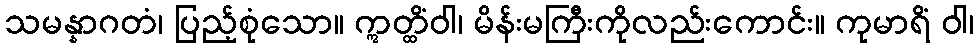
သမန္နာဂတံ၊ ပြည့်စုံသော။ ဣတ္ထိံဝါ၊ မိန်းမကြီးကိုလည်းကောင်း။ ကုမာရိံ ဝါ၊